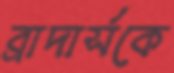
ব্রাদার্সকে